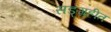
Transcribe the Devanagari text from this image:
सङ्ग्रहीत